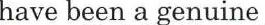
have been a genuine